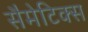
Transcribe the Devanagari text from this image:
सैमेटिक्स